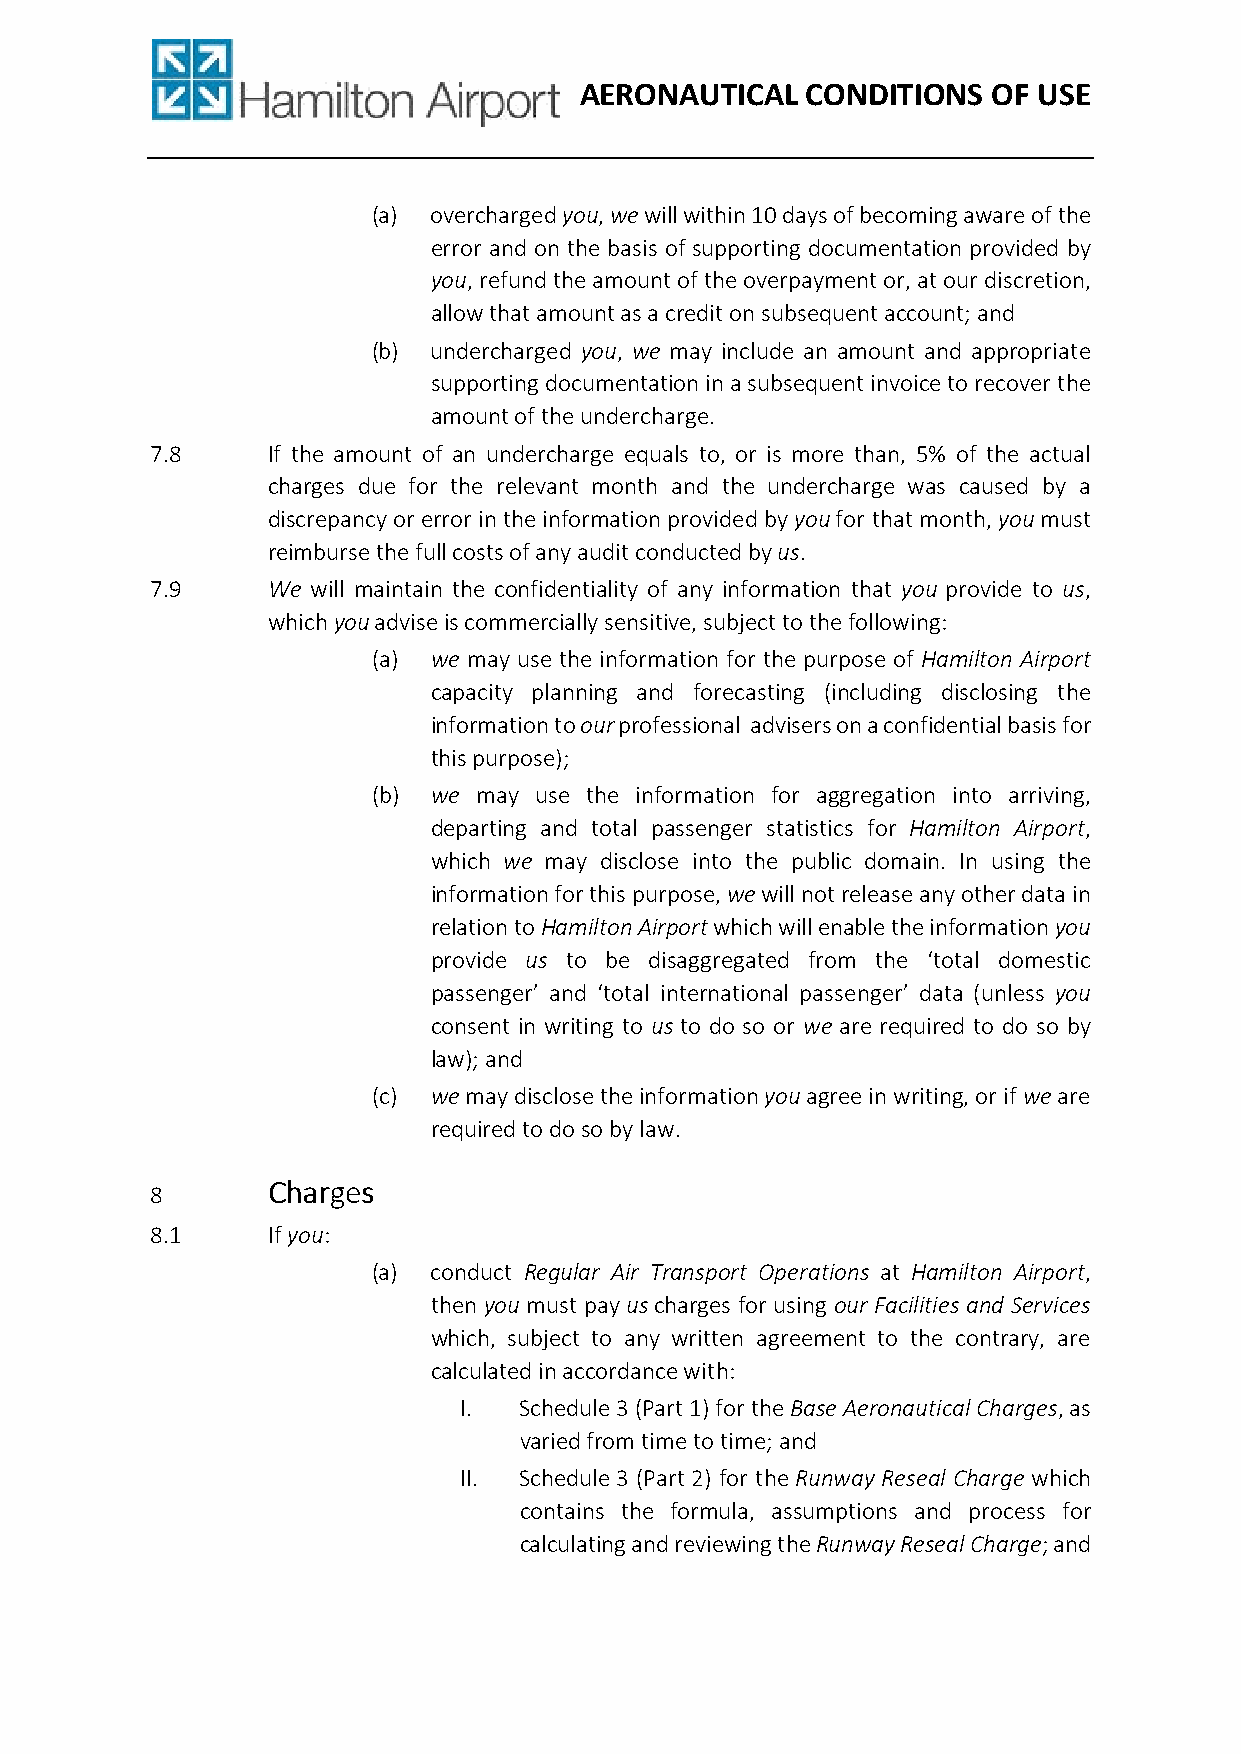
AERONAUTICAL   CONDITIONS   OF USE
 (a) overcharged you, we will within 10 days of becoming aware of the
 error and on the basis of supporting documentation provided by
 you, refund the amount of the overpayment or, at our discretion,
 allow that amount as a credit on subsequent account; and
 (b) undercharged you, we may include an amount and appropriate
 supporting documentation in a subsequent invoice to recover the
 amount of the undercharge.
 7.8     If the amount of an undercharge equals to, or is more than, 5% of the actual
 charges due for the relevant month and the undercharge was caused by a
 discrepancy or error in the information provided by you for that month, you must
 reimburse the full costs of any audit conducted by us.
 7.9     We will maintain the confidentiality of any information that you provide to us,
 which you advise is commercially sensitive, subject to the following:
 (a) we may use the information for the purpose of Hamilton Airport
 capacity planning and forecasting (including disclosing the
 information to our professional advisers on a confidential basis for
 this purpose);
 (b) we may use the information for aggregation into arriving,
 departing and total passenger statistics for Hamilton Airport,
 which we may disclose into the public domain. In using the
 information for this purpose, we will not release any other data in
 relation to Hamilton Airport which will enable the information you
 provide us to be disaggregated from the ‘total domestic
 passenger’ and ‘total international passenger’ data (unless you
 consent in writing to us to do so or we are required to do so by
 law); and
 (c) we may disclose the information you agree in writing, or if we are
 required to do so by law.
 CCCChhhhaaaarrrrggggeeeessss
 8
 8.1     If you:
 (a) conduct Regular Air Transport Operations at Hamilton Airport,
 then you must pay us charges for using our Facilities and Services
 which, subject to any written agreement to the contrary, are
 calculated in accordance with:
 I.  Schedule 3 (Part 1) for the Base Aeronautical Charges, as
 varied from time to time; and
 II. Schedule 3 (Part 2) for the Runway Reseal Charge which
 contains the formula, assumptions and process for
 calculating and reviewing the Runway Reseal Charge; and